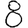
Digit: 8